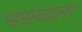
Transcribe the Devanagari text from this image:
म्हसवडला